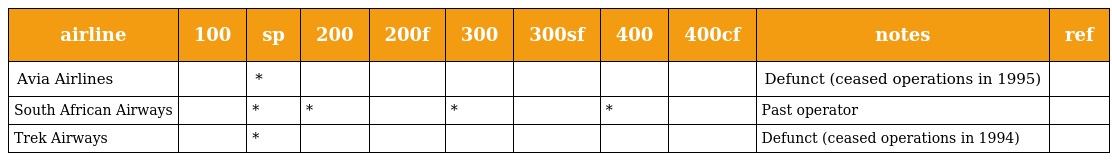
| airline | 100 | sp | 200 | 200f | 300 | 300sf | 400 | 400cf | notes | ref |
 | --- | --- | --- | --- | --- | --- | --- | --- | --- | --- | --- |
 | Avia Airlines |  | * |  |  |  |  |  |  | Defunct (ceased operations in 1995) |  |
 | South African Airways |  | * | * |  | * |  | * |  | Past operator |  |
 | Trek Airways |  | * |  |  |  |  |  |  | Defunct (ceased operations in 1994) |  |